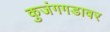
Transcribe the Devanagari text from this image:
कुजंगगडावर